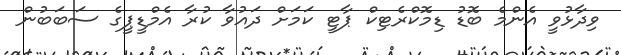
ވިދާޅުވީ އެންމެ ބޮޑު ޑިމޮކްރެޓިކް ޕާޓީ ކަމަށް ދައުވާ ކުރާ އެމްޑީޕީގެ ސަބަބުން